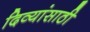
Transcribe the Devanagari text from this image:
दिव्यांसाठी